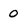
Character: 0